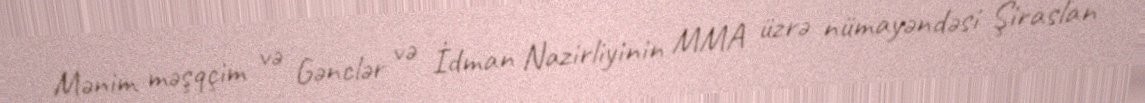
Mənim məşqçim və Gənclər və İdman Nazirliyinin MMA üzrə nümayəndəsi Şiraslan